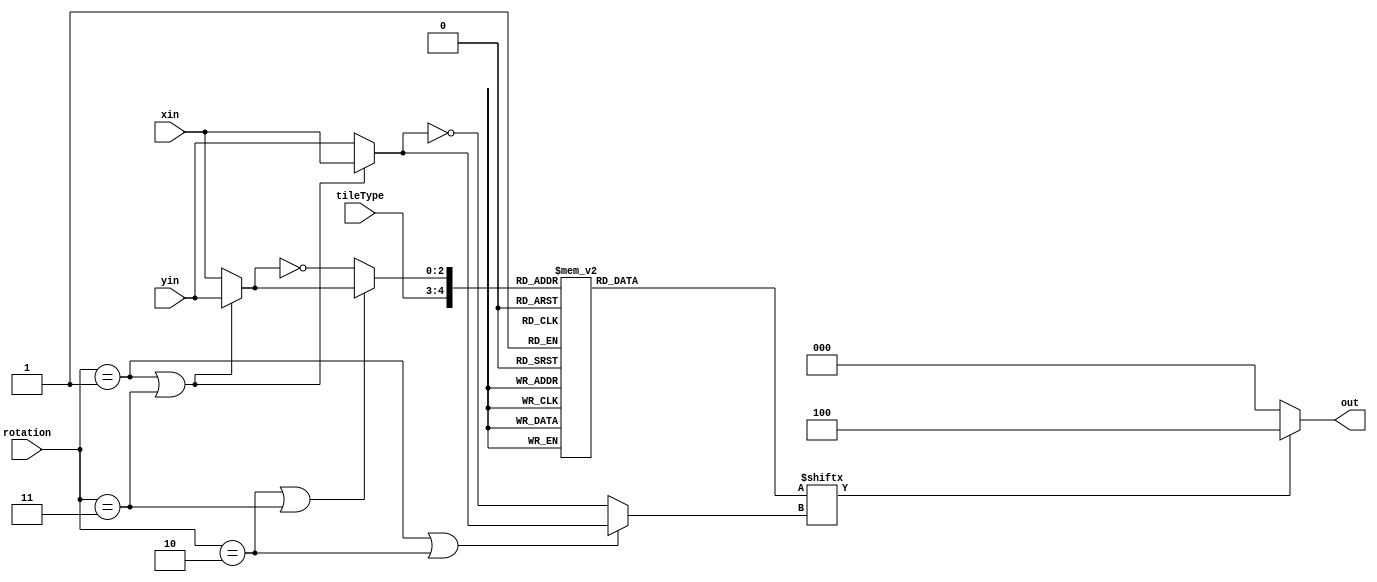
module tileMap(tileType, rotation, yin, xin, out);
  
  input [1:0] tileType;	
  input [1:0] rotation;
  input [2:0] yin;
  input [2:0] xin;
  
  wire transpose = rotation == 1 || rotation == 3;
  wire flipY = rotation == 2 || rotation == 3;
  wire flipX = rotation == 1 || rotation == 2;
  
  
  wire [2:0] xpos1 = !transpose ? yin : xin;
  wire [2:0] ypos1 = !transpose ? xin : yin;
  
  wire [2:0] xpos = !flipX ? ~xpos1 : xpos1;
  wire [2:0] ypos = !flipY ? ~ypos1 : ypos1;
  
  output [2:0] out = bits[xpos] ? 3'd4 : 3'd0;
  
  reg [7:0] bits;

  // combine {digit,yofs} into single ROM address
  wire [4:0] caseexpr = {tileType, ypos};
  
  always @(*)
    case (caseexpr)/*{w:8,h:8,count:3}*/
      5'o10: bits = 8'b10000;
      5'o11: bits = 8'b10000;
      5'o12: bits = 8'b10000;
      5'o13: bits = 8'b10000;
      5'o14: bits = 8'b10000;
      5'o15: bits = 8'b10000;
      5'o16: bits = 8'b10000;
      5'o17: bits = 8'b10000;
      
      5'o20: bits = 8'b0;
      5'o21: bits = 8'b0;
      5'o22: bits = 8'b0;
      5'o23: bits = 8'b111;
      5'o24: bits = 8'b1000;
      5'o25: bits = 8'b10000;
      5'o26: bits = 8'b10000;
      5'o27: bits = 8'b10000;
      
      5'o30: bits = 8'b0;
      5'o31: bits = 8'b0;
      5'o32: bits = 8'b0;
      5'o33: bits = 8'b0;
      5'o34: bits = 8'b11;
      5'o35: bits = 8'b100;
      5'o36: bits = 8'b1000;
      5'o37: bits = 8'b1000;

      default: bits = 0;
    endcase
endmodule